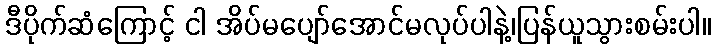
ဒီပိုက်ဆံကြောင့် ငါ အိပ်မပျော်အောင်မလုပ်ပါနဲ့၊ပြန်ယူသွားစမ်းပါ။